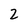
Character: 2